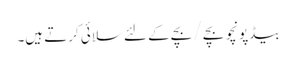
بیڈپونچو بچے / بچے کے لئے سلائی کرتے ہیں۔